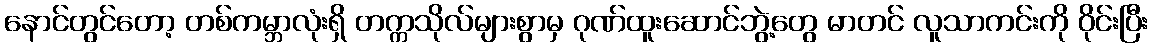
နောင်တွင်တော့ တစ်ကမ္ဘာလုံးရှိ တက္ကသိုလ်များစွာမှ ဂုဏ်ထူးဆောင်ဘွဲ့တွေ မာတင် လူသာကင်းကို ဝိုင်းပြီး